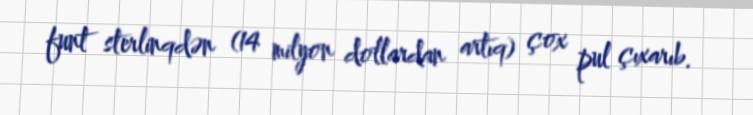
funt sterlinqdən (14 milyon dollardan artıq) çox pul çıxarıb.